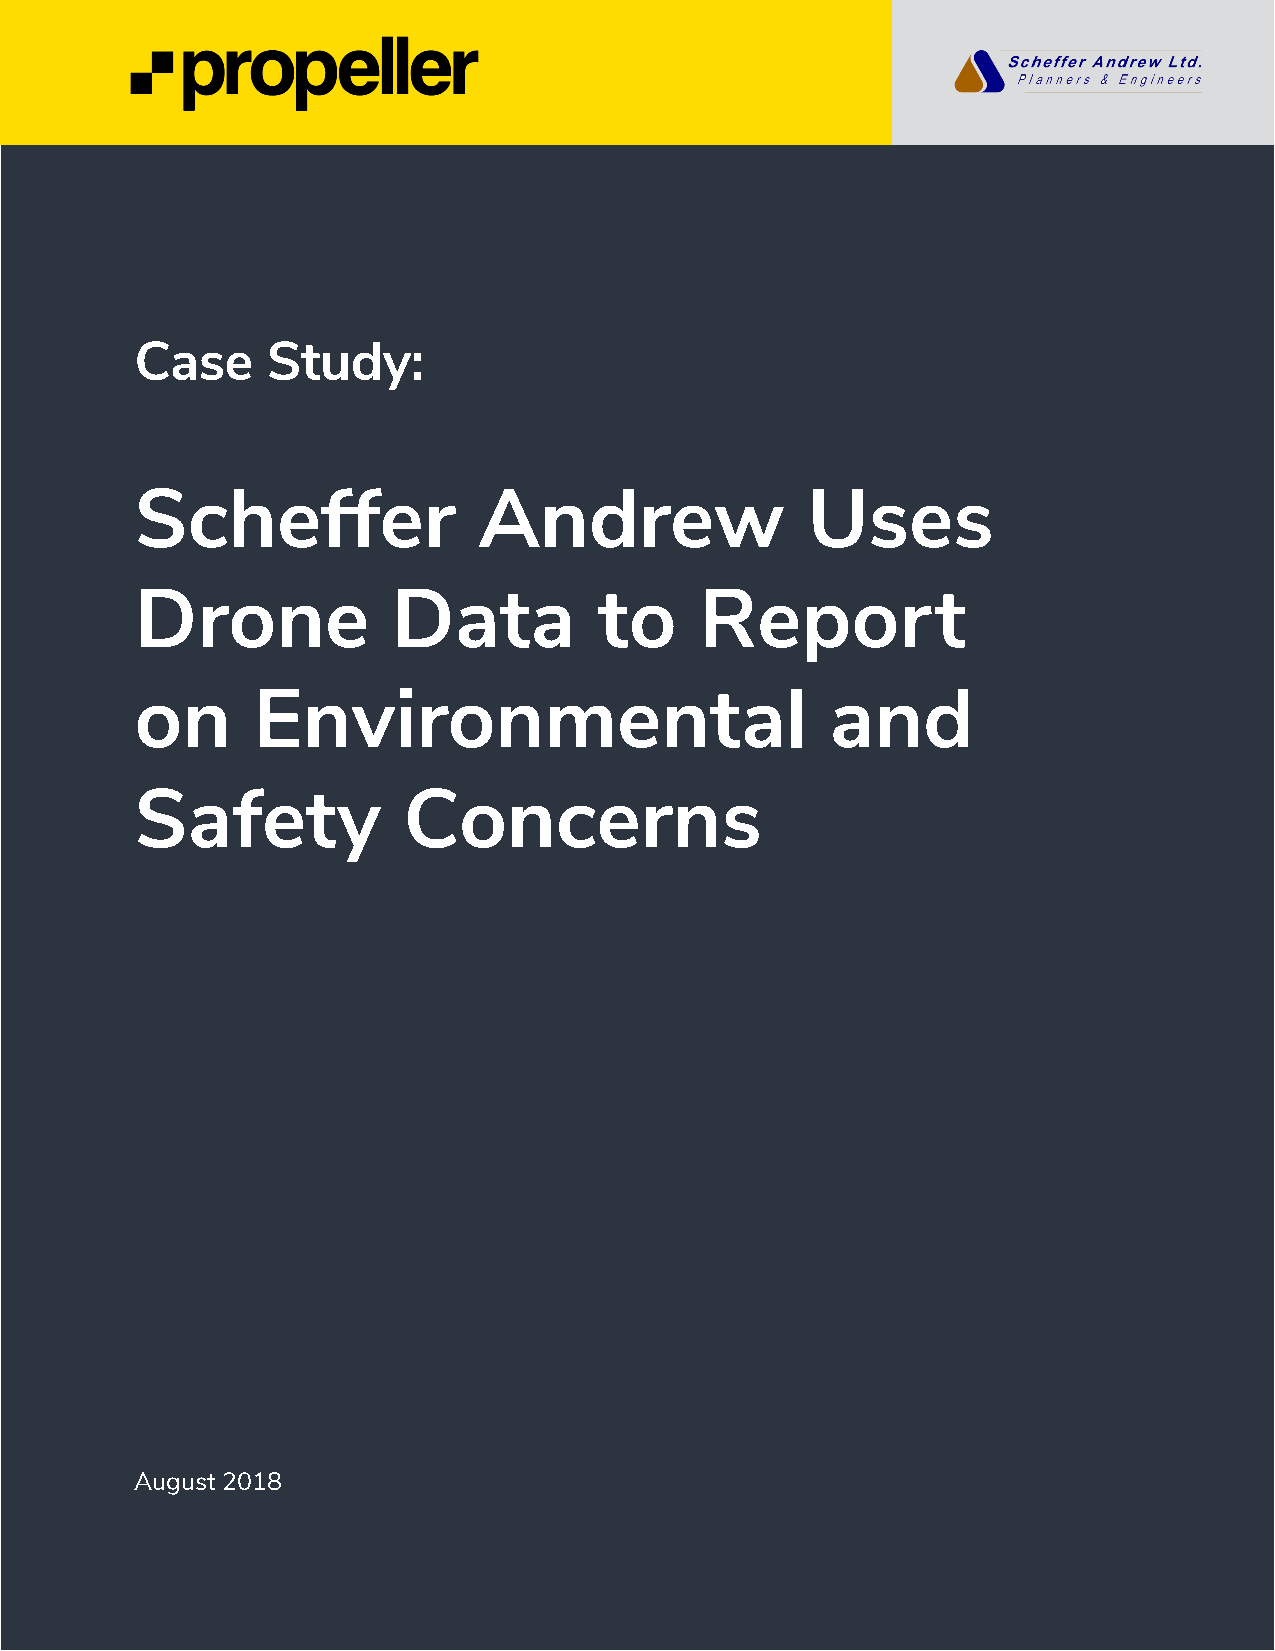
Case     Study:
 Scheffer               Andrew               Uses
 Drone            Data          to    Report
 on      Environmental                         and
 Safety            Concerns
 August 2018